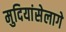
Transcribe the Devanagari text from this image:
मुदियांसेलागे